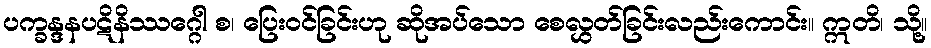
ပက္ခန္ဒနပဋိနိဿဂ္ဂေါ စ၊ ပြေးဝင်ခြင်းဟု ဆိုအပ်သော စေလွှတ်ခြင်းလည်းကောင်း။ ဣတိ၊ သို့။